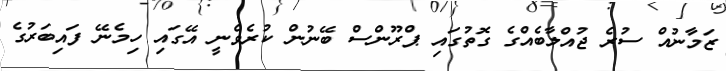
ޒަމާނުއް ސުރެ ޖުއްލާބެއްގެ ގޮތުގައި ޕްރޫންސް ބޭނުން ކުރެވެނީ އޭގައި ހިމެނޭ ފައިބަރުގެ